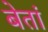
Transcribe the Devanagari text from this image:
बेतां